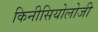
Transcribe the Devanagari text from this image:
किनीसियोलोजी